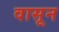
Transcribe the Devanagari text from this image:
वासून